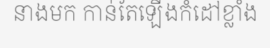
នាងមក កាន់តែឡើងកំដៅខ្លាំង